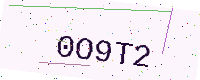
Text: 0O9T2